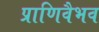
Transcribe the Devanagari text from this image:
प्राणिवैभव